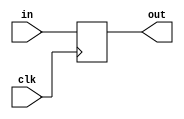
module PC (
    input clk,
    input [31:0] in,
    output reg [31:0] out = 32'b0
);

    always @(posedge clk) begin
        out <= in;
    end

endmodule